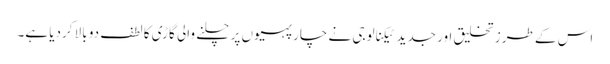
اس کے طرز تخلیق اور جدید ٹیکنالوجی نے چار پہیوں پر چلنے والی گاڑی کا لطف دو بالا کردیا ہے۔